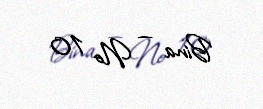
Bina — № 10